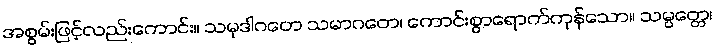
အစွမ်းဖြင့်လည်းကောင်း။ သမုဒါဂတေ သမာဂတေ၊ ကောင်းစွာရောက်ကုန်သော။ သမ္ပတ္တေ၊